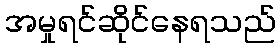
အမှုရင်ဆိုင်နေရသည်